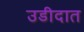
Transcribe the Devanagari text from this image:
उडीदात